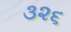
૩૨૬